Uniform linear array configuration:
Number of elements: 8
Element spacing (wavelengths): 0.25
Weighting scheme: exponential
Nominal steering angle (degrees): -45
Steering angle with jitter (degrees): -46.717
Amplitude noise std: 0.05
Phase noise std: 0.05

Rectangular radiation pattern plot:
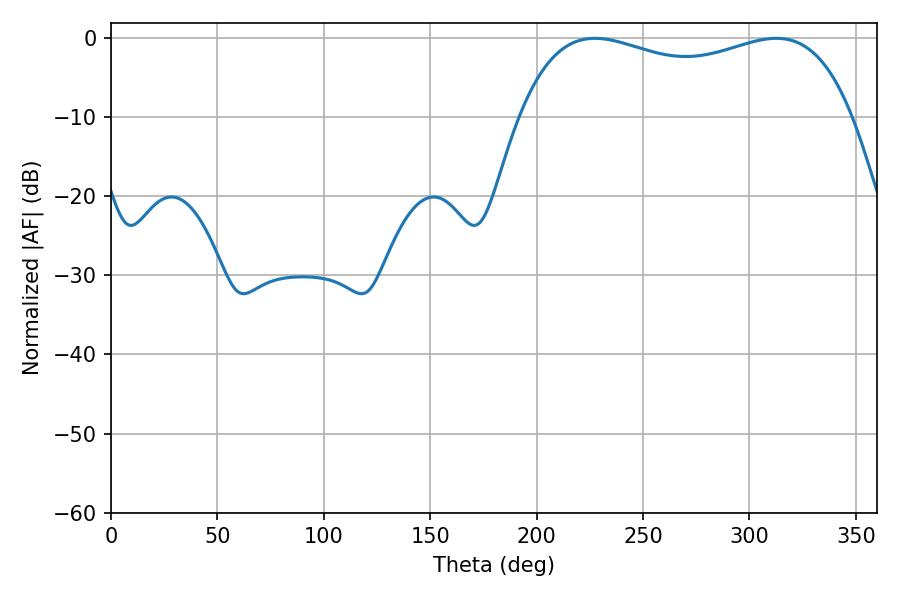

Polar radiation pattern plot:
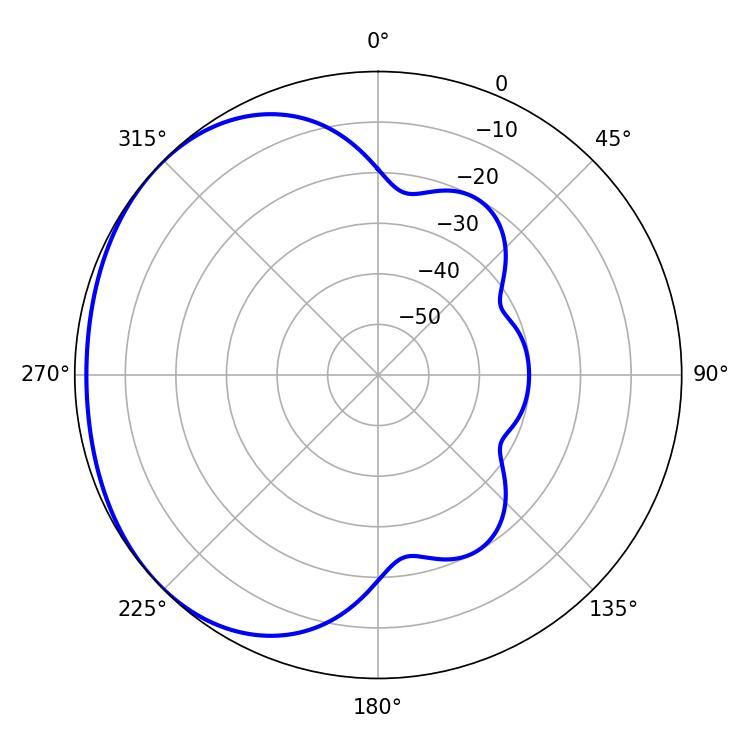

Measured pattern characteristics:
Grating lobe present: FALSE
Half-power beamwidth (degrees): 128.16
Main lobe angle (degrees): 227.34